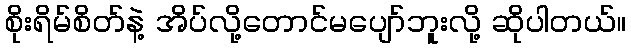
စိုးရိမ်စိတ်နဲ့ အိပ်လို့တောင်မပျော်ဘူးလို့ ဆိုပါတယ်။